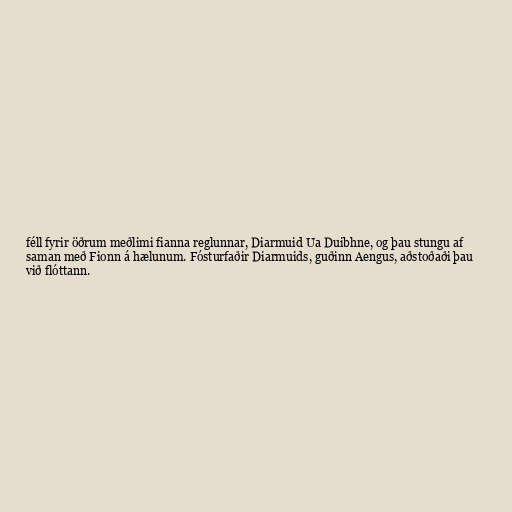
féll fyrir öðrum meðlimi fianna reglunnar, Diarmuid Ua Duibhne, og þau stungu af
saman með Fionn á hælunum. Fósturfaðir Diarmuids, guðinn Aengus, aðstoðaði þau
við flóttann.